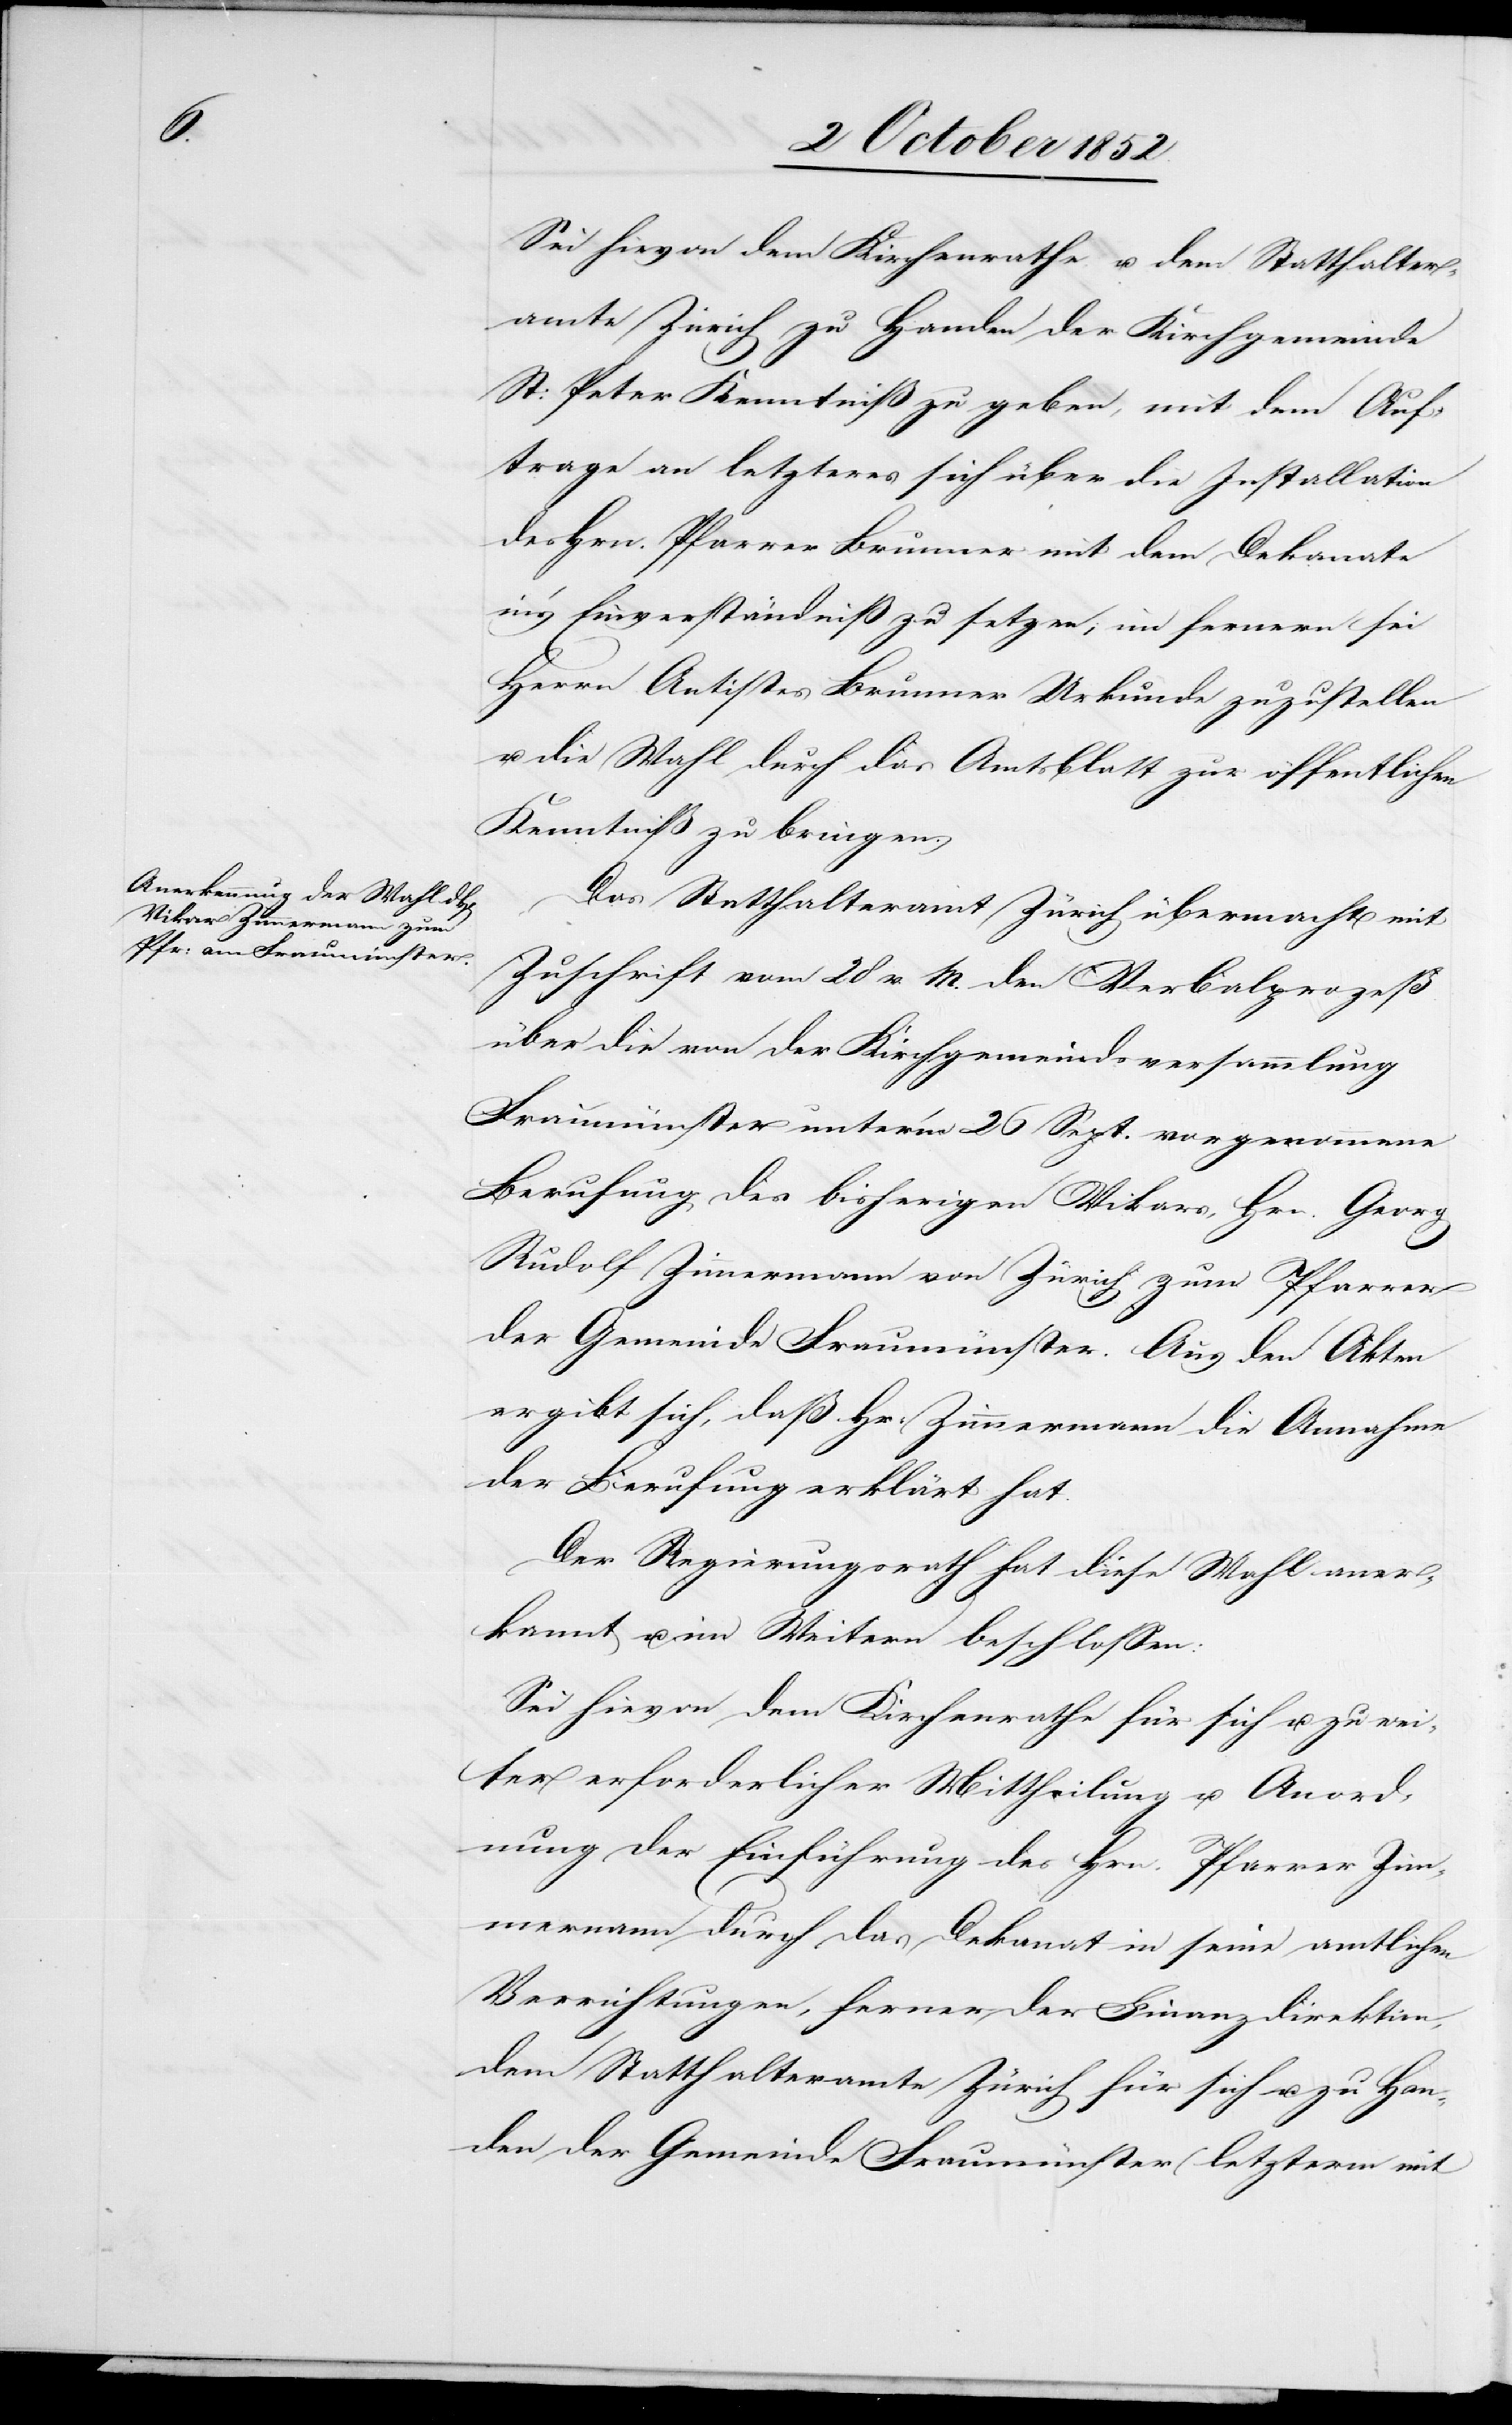
Sei hievon dem Kirchenrathe u. dem Statthalter¬
amte Zürich zu Handen der Kirchgemeinde
St: Peter Kenntniß zu geben, mit dem Auf¬
trage an letzteres sich über die Installation
des Hrn. Pfarrer Brunner mit dem Dekanate
in’s Einverständniß zu setzen; im fernern sei
Herrn Antistes Brunner Urkunde zuzustellen
u. die Wahl durch das Amtsblatt zur öffentlichen
Kenntniß zu bringen.
Das Statthalteramt Zürich übermacht mit
Zuschrift vom 28 v. M. den Verbalprozeß
über die von der Kirchgemeindsversammlung
Fraumünster unter’m 26 Sept. vorgenommene
Berufung des bisherigen Vikars, Hrn. Georg
Rudolf Zimmermann von Zürich zum Pfarrer
der Gemeinde Fraumünster. Aus den Akten
ergibt sich, daß Hr. Zimmermann die Annahme
der Berufung erklärt hat.
Der Regierungsrath hat diese Wahl aner¬
kannt u. im Weitern beschlossen:
Sei hievon dem Kirchenrathe für sich u. zu wei¬
ter erforderlicher Mittheilung u. Anord¬
nung der Einführung des Hrn. Pfarrer Zim¬
mermann durch das Dekanat in seine amtlichen
Verrichtungen, ferner der Finanzdirektion,
dem Statthalteramte Zürich für sich u. zu Han¬
den der Gemeinde Fraumünster (letzterm mit